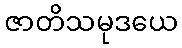
ဇာတိသမုဒယေ